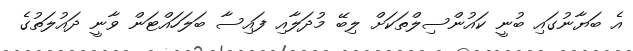
އެ ބަޔާނުގައި ބުނީ ކައުންސިލްތަކަށް ލިބޭ މުދަލާއި ފައިސާ ބަލަހައްޓަން ވާނީ ދައުލަތުގެ